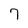
Character: 7